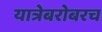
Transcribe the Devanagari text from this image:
यात्रेबरोबरच